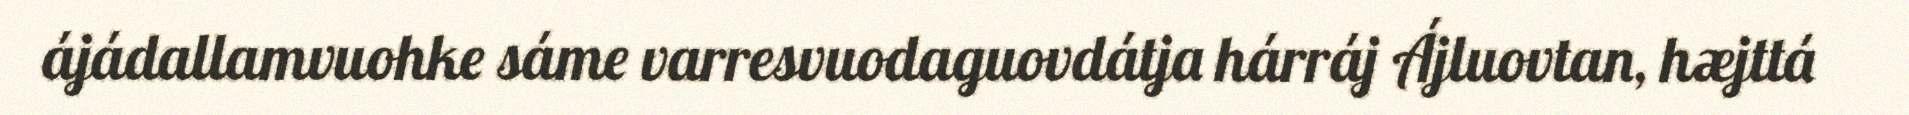
ájádallamvuohke sáme varresvuodaguovdátja hárráj Ájluovtan, hæjttá